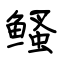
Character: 鳋